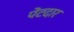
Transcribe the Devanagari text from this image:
पेंटदार